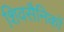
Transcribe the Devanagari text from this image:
शिवसैनिकों